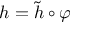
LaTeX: h = { \tilde { h } } \circ \varphi